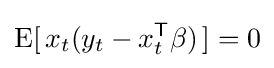
\operatorname {E} [\,x_{t}(y_{t}-x_{t}^{\mathsf {T}}\beta )\,]=0